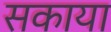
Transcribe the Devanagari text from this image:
सकाया